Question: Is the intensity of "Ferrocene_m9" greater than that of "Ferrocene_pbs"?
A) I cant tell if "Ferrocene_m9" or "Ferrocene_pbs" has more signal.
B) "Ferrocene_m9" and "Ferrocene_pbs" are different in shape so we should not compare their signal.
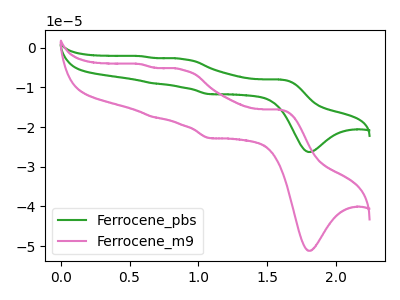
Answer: <think>The green curve "Ferrocene_pbs" has anodic peaks at (1.60V, -8.05uA) (0.90V, -2.85uA) (0.65V, -9.00uA) (0.55V, -2.15uA) and cathodic peaks at (1.80V, -26.25uA) (1.10V, -11.70uA). The pink curve "Ferrocene_m9" has anodic peaks at (1.60V, -15.65uA) (0.90V, -5.55uA) (0.65V, -17.50uA) (0.55V, -4.15uA) and cathodic peaks at (1.80V, -51.15uA) (1.10V, -22.80uA).
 All the peaks in "Ferrocene_m9" have a peak in "Ferrocene_pbs" at the same potential.</think>
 <answer>A) I cant tell if "Ferrocene_m9" or "Ferrocene_pbs" has more signal.</answer>
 <eval>A</eval>